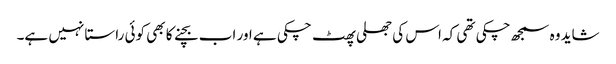
شاید وہ سمجھ چکی تھی کہ اس کی جھلی پھٹ چکی ہے اور اب بچنے کا بھی کوئی راستا نہیں ہے۔